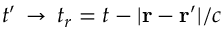
t ^ { \prime } \, \to \, t _ { r } = t - | { \bf r } - { \bf r } ^ { \prime } | / c